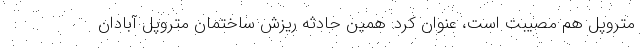
متروپل هم مصیبت است، عنوان کرد: همین حادثه ریزش ساختمان متروپل آبادان